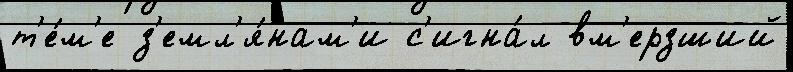
т'е́м'е з'емл'я́нам'и с'игна́л вм'ерзший